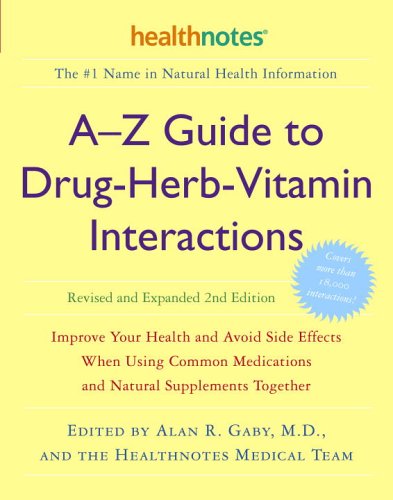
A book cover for A-Z Guide to Drug-Herb-Vitamin Interactions Revised and Expanded 2nd Edition: Improve Your Health and Avoid Side Effects When Using Common Medications and Natural Supplements Together; Health, Fitness & Dieting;